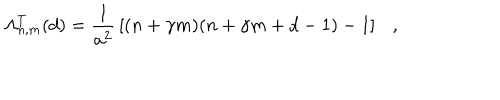
\Lambda _ { n , m } ^ { T } ( d ) = { \frac { 1 } { { a } ^ { 2 } } } \left[ ( n + \gamma m ) ( n + \gamma m + d - 1 ) - 1 \right] ,